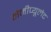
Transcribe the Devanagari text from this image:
मेनीप्यूलेट